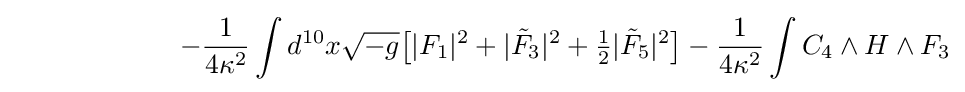
\ \ \ \ \ \ \ \ \ \ \ \ \ \ \ \ \ \ -{\frac {1}{4\kappa ^{2}}}\int d^{10}x{\sqrt {-g}}{\big [}|F_{1}|^{2}+|{\tilde {F}}_{3}|^{2}+{\tfrac {1}{2}}|{\tilde {F}}_{5}|^{2}{\big ]}-{\frac {1}{4\kappa ^{2}}}\int C_{4}\wedge H\wedge F_{3}